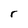
Character: r